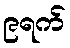
၉ရက်